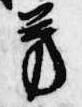
芳